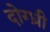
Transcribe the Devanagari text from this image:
दोग्ध्री